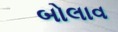
બોલાવ